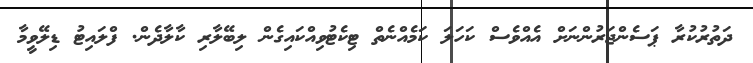
ދަތުރުކުރާ ޕަސެންޖަރުންނަށް އެއްވެސް ކަހަލަ ކަމެއްނެތް ޓިކެެޓުވިއްކައިގެން ލިބޭލާރި ކާލާދެން. ފްލައިޓު ޑިލޭވީމާ